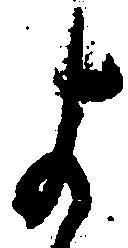
よ